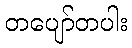
တပျော်တပါး